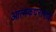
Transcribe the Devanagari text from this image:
आत्मकथनामध्ये